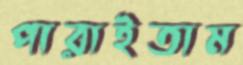
পারাইতাম